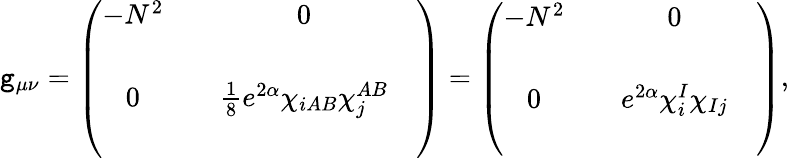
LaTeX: \mathtt{g}_{\mu\nu}=\left(\begin{array}{cccc}{{-N^{2}}}&{{}}&{{0}}&{{}}\\ {{}}&{{}}&{{}}&{{}}\\ {{0}}&{{}}&{{\frac{1}{8}e^{2\alpha}\chi_{iAB}\chi_{j}^{AB}}}&{{}}\\ {{}}&{{}}&{{}}&{{}}\end{array}\right)=\left(\begin{array}{cccc}{{-N^{2}}}&{{}}&{{0}}&{{}}\\ {{}}&{{}}&{{}}&{{}}\\ {{0}}&{{}}&{{e^{2\alpha}\chi_{i}^{I}\chi_{Ij}}}&{{}}\\ {{}}&{{}}&{{}}&{{}}\end{array}\right),